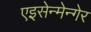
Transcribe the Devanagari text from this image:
एइसेन्मेन्गेर